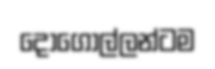
දොගොල්ලන්ටම